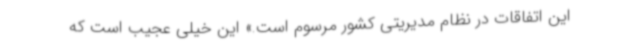
این اتفاقات در نظام مدیریتی کشور مرسوم است.» این خیلی عجیب است که